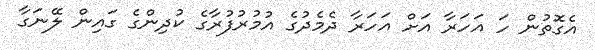
އެގޮތުން ހަ އަހަރާ އަށް އަހަރާ ދެމެދުގެ އުމުރުފުރާގެ ކުދިންގެ ގައިން ލޭނަގާ